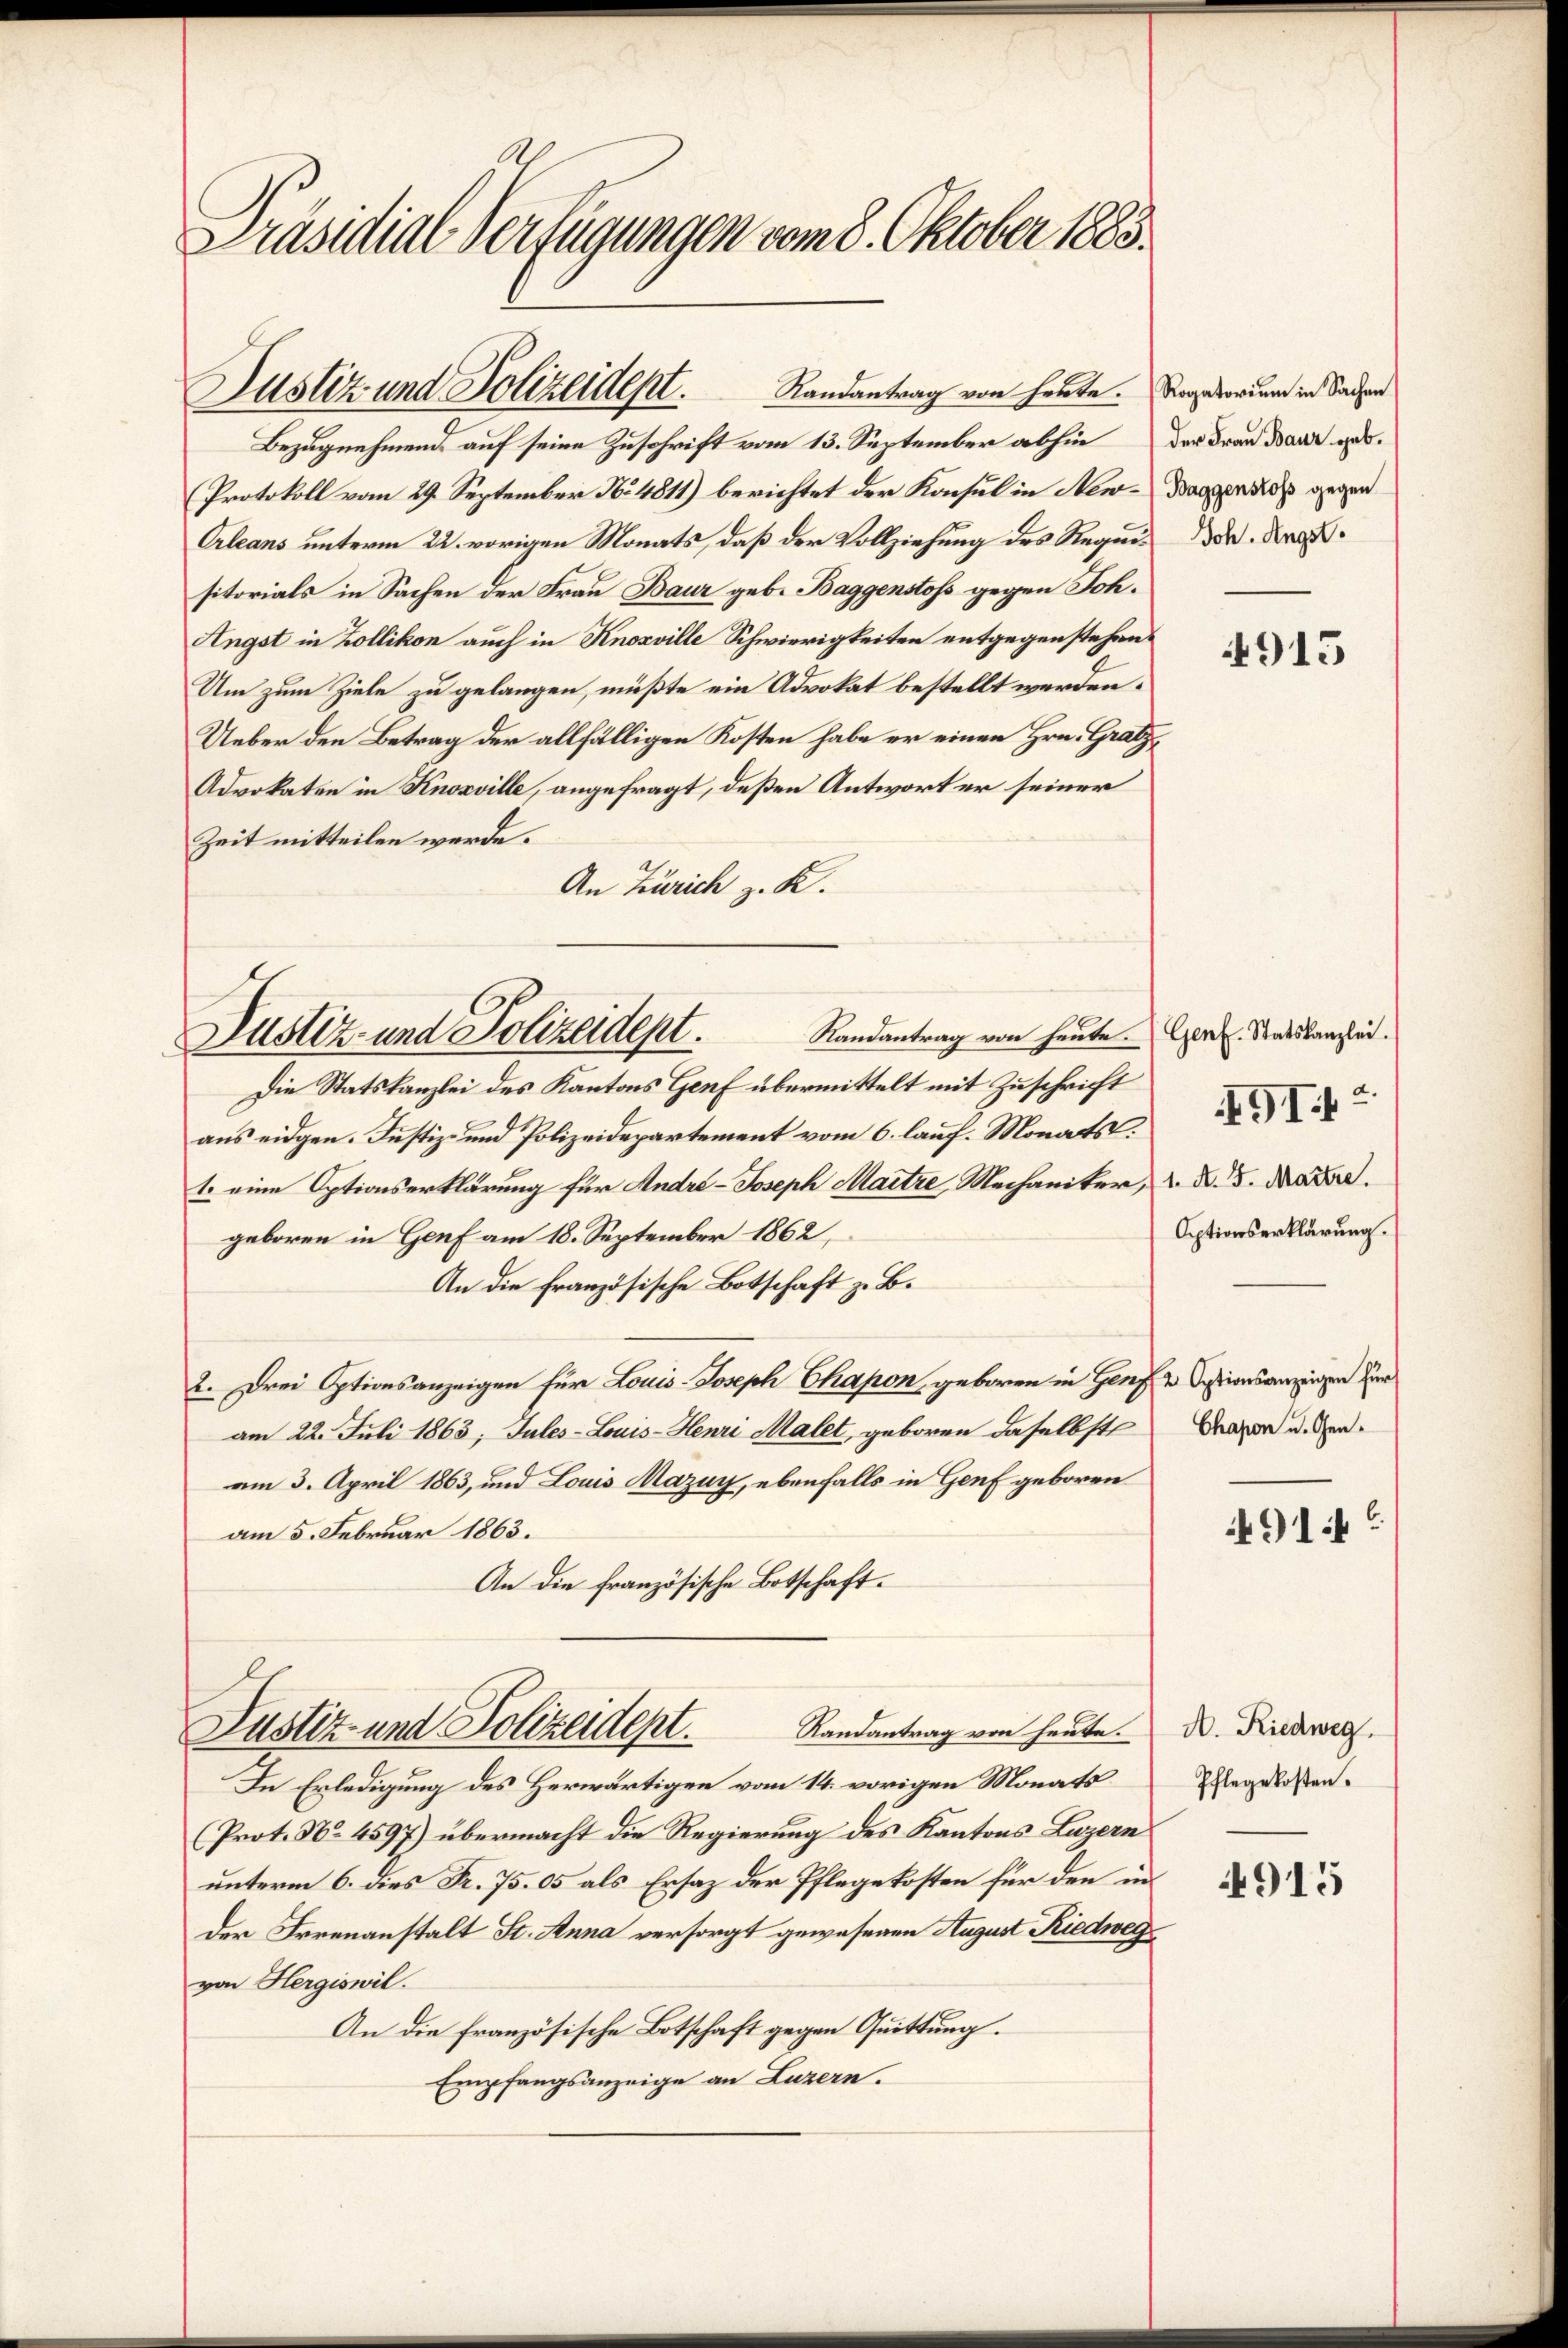
Präsidial-Verfügungen vom 8. Oktober 1883.

Bezugnehmen auf seine Zuschrift vom 13. September abhin
Protokoll vom 29. September No. 4811) berichtet der Konsul in New¬
Orleans unterm 22. vorigen Monats, daß der Vollziehung des Requisitorials in Sachen der Frau Baur geb. Baggenstoss gegen Joh.
Angst in Zollikon auch in Knosville Schwierigkeiten entgegenstehen.
Um zum Ziele zu gelangen, müßte ein Advokat bestellt werden.
Ueber den Betrag der allfälligen Kosten habe er einen Hrn. Gratz¬
Advokaten in Knosville, angefragt, deßen Antwort er seiner
Zeit mitteilen werde.
An Zürich z. K.
Randantrag von heute. Genf. Statskanzlei.
Die Statskanzlei des Kantons Genf übermittelt mit Zuschrift
aus eidgen. Justiz- und Polizeidepartement vom 6. lauf. Monats
1. eine Optionserklärung für André-Joseph Martze, Mechaniker, d. d. d. Mart.
geboren in Genf am 18. September 1862,
An die französische Botschaft z. B.
2. Drei Optionsanzeigen für Louis-Joseph Chapon, geboren in Genf & Sessionsanzeigen zur
am 22. Juli 1863; Tules-Louis-Henri Malet, geboren daselbst
am 3. April 1863, und Louis Mazuy, ebenfalls in Genf geboren
am 5. Februar 1863.
An die französische Botschaft.
Randantrag von heute.
Justiz und Polizeident.
In Erledigung des Herwärtigen vom 14. vorigen Monats
(Prot. No. 4597) übermacht die Regierung des Kantons Luzern
unterm 6. dies Fr. 75. 05 als Ersatz der Pflegekosten für den in
der Irrenanstalt St. Anna versorgt gewesenen August Riedweyvon Hergiswil.
An die französische Botschaft gegen Quittung.
Empfangsanzeige an Luzern.

Justiz und Polizeidept. Randantrag von heute.

Justiz- und Polizeidept.

Rogatorium in Sachen
der Frau Baur geb.
Baggenstoss gegen
Joh. Angst.

4915

Optionserklärung.

491

Chapon u. Gen.
914.

A. Riedweg.
Pflegekosten.

4915